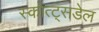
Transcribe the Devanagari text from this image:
स्कोत्ट्सडेल